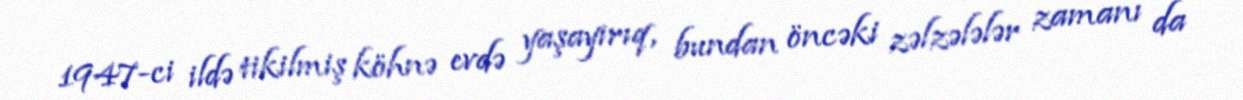
1947-ci ildə tikilmiş köhnə evdə yaşayırıq, bundan öncəki zəlzələlər zamanı da